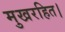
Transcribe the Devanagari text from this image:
मुखरहित।